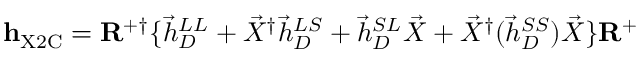
\ensuremath { \mathbf { h } } _ { \mathrm { X 2 C } } = \ensuremath { \mathbf { R } } ^ { + \dagger } \{ \vec { h } _ { D } ^ { L L } + \vec { X } ^ { \dagger } \vec { h } _ { D } ^ { L S } + \vec { h } _ { D } ^ { S L } \vec { X } + \vec { X } ^ { \dagger } ( \vec { h } _ { D } ^ { S S } ) \vec { X } \} \ensuremath { \mathbf { R } } ^ { + }